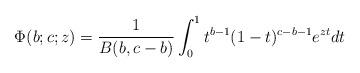
LaTeX: \begin{align*} \Phi(b;c;z)= \frac{1}{B(b,c-b)} \int_{0}^{1} t^{b-1} (1-t)^{c-b-1}e^{zt} dt\end{align*}